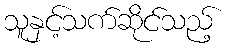
သူနှင့်သက်ဆိုင်သည့်